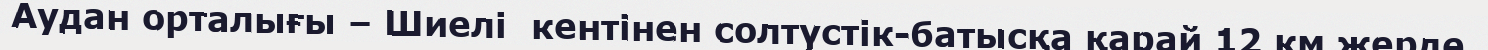
Аудан орталығы – Шиелі  кентінен солтүстік-батысқа қарай 12 км жерде.